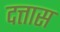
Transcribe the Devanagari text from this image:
दत्तास